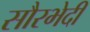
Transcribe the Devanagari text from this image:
सौरभेदी